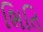
ભિતિ